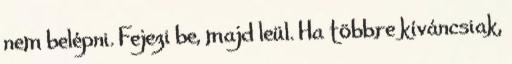
nem belépni. Fejezi be, majd leül. Ha többre kíváncsiak,